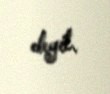
deyil.